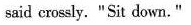
smid eossly. "Sit down."